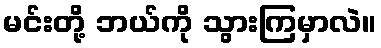
မင်းတို့ ဘယ်ကို သွားကြမှာလဲ။